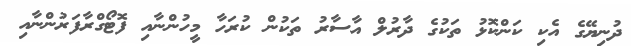
ދުނިޔޭގެ އެކި ކަންކޮޅު ތަކުގެ ދާރުލް އާސާރު ތަކުން ކުރަހާ މީހުންނާއި ފޮޓޯގްރާފަރުންނާއި